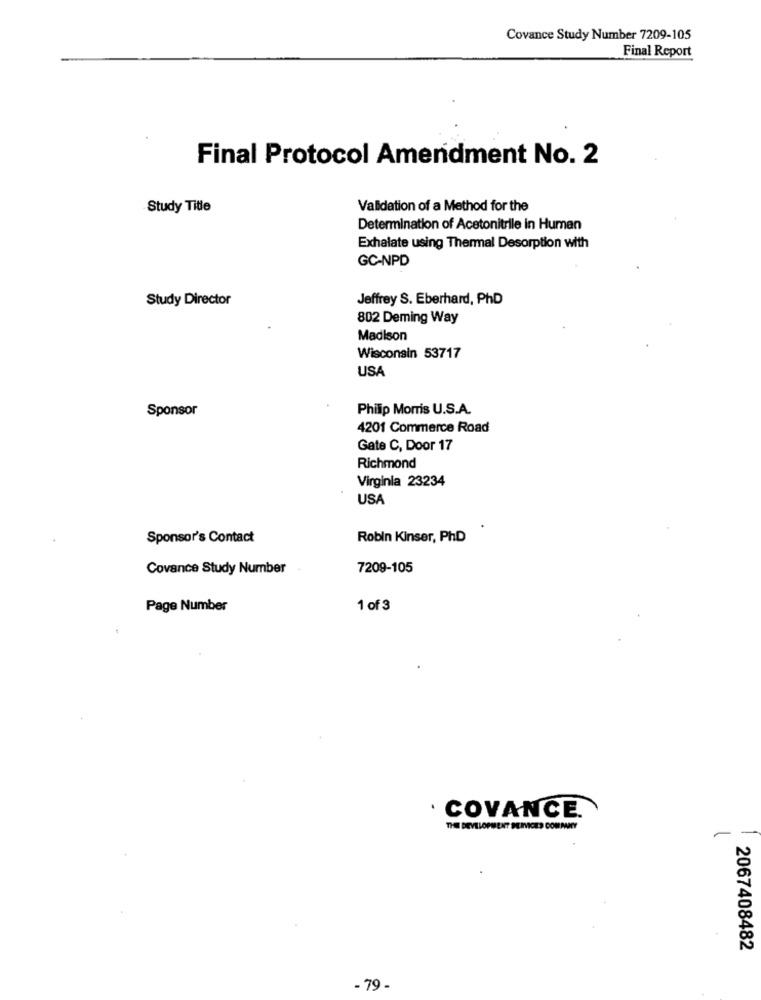
Covance Study Number 7209-105
Final Report
Final Protocol Amendment No. 2
Study Title
Validation of a Method for the
Determination of Acetonitrile in Human
Exhalate using Thermal Desorption with
GC-NPD
Study Director
Jeffrey S. Eberhard, PhD
802 Deming Way
Madison
Wisconsin 53717
USA
Philip Morris U.S.A.
Sponsor
4201 Commerce Road
Gate C, Door 17
Richmond
Virginia 23234
USA
Sponsor's Contact
Robin Kinser, PhD
Covance Study Number
7209-105
Page Number
1 of 3
.
. COVANCE.
THE DEVELOPMENT PEINVICES COMPANY
2067408482
- 79 -